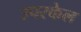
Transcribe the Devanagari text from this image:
उपस्केल